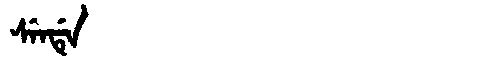
Manchu: ᠰᡝᠨᡩᡝ
Romanization: SENDE